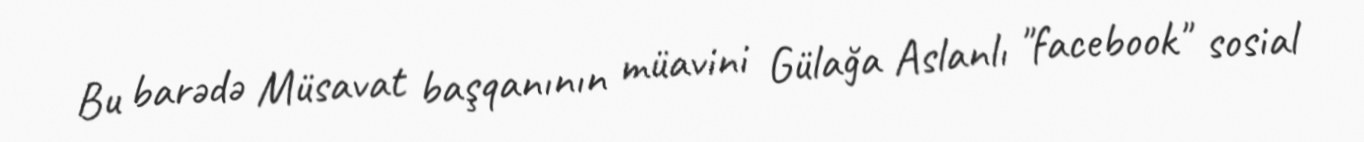
Bu barədə Müsavat başqanının müavini Gülağa Aslanlı "facebook" sosial